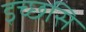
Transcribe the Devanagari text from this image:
इच्छसि